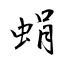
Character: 蜎